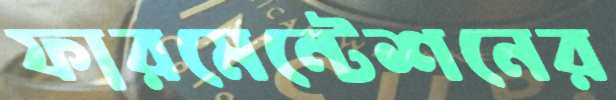
ফারমেন্টেশনের